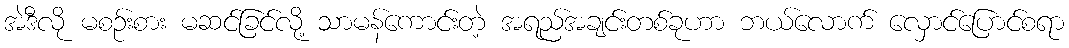
အဲဒီလို မစဉ်းစား မဆင်ခြင်လို့ သာမန်ကောင်းတဲ့ အရည်အချင်းတစ်ခုဟာ ဘယ်လောက် လှောင်ပြောင်စရာ